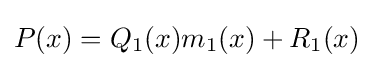
P(x)=Q_{1}(x)m_{1}(x)+R_{1}(x)